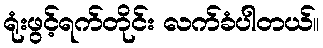
ရုံးဖွင့်ရက်တိုင်း လက်ခံပါတယ်။